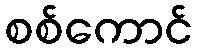
စစ်ကောင်